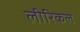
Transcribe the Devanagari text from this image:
लीरिकल